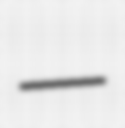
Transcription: —